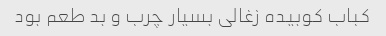
کباب کوبیده زغالی بسیار چرب و بد طعم بود